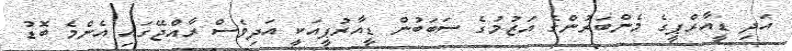
އަދި ޑީއާރްޕީގެ މެންބަރުންގެ އަޒުމުގެ ސަބަބުން ޑީއާރުޕީއަކީ އަދިވެސް ރާއްޖޭގައި އެންމެ ބޮޑު